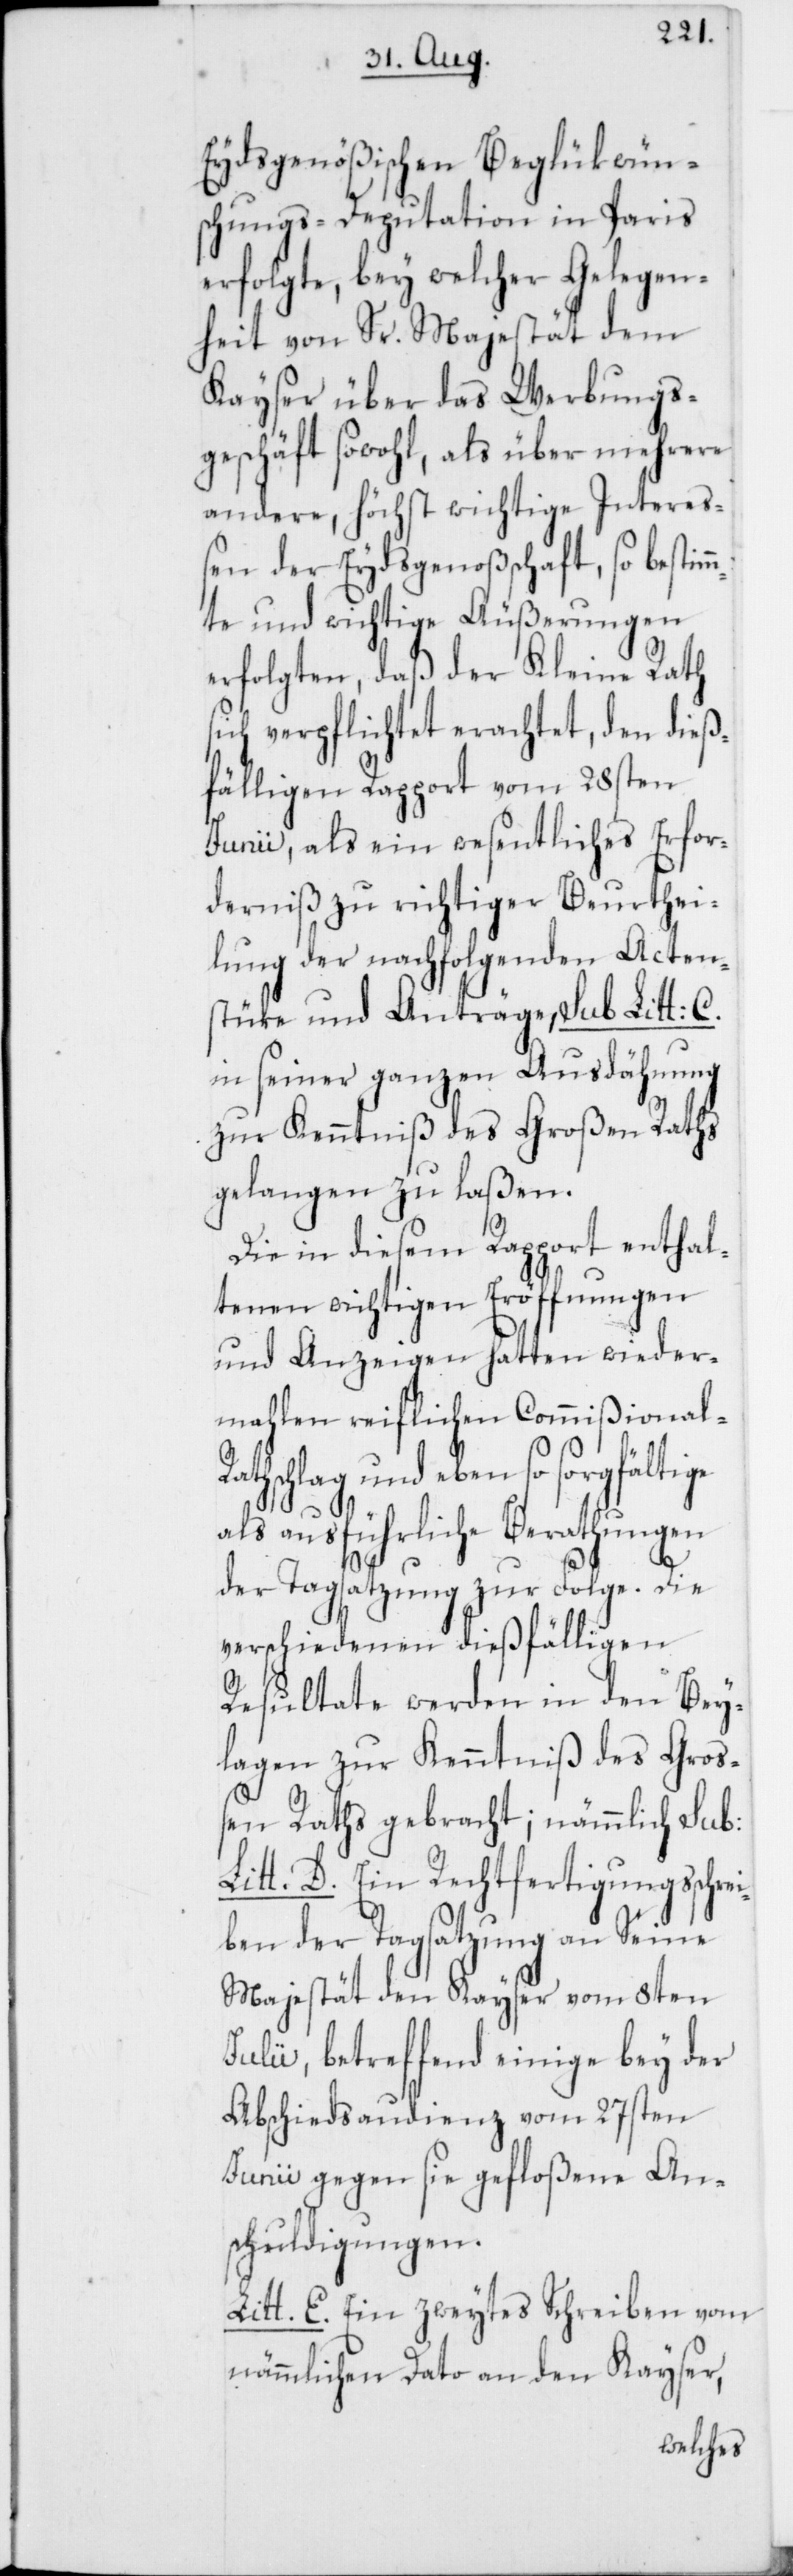
Eydsgenößischen Beglükwün¬
schungs-Deputation in Paris
erfolgte, bey welcher Gelegen¬
heit von Sr. Majestät dem
Kayser über das Werbungs¬
geschäft sowohl, als über mehrere
andere, höchst wichtige Intere¬
ßen der Eydsgenoßenschaft, so bestim¬
mte und wichtige Äußerungen
erfolgten, daß der Kleine Rath
sich verpflichtet erachtet, den dieß¬
fälligen Rapport vom 28sten
Junii, als ein wesentliches Erfor¬
derniß zu richtiger Beurthei¬
lung der nachfolgenden Acten¬
stüke und Anträge, sub Litt: C.
in seiner ganzen Ausdähnung
zur Kenntniß des Großen Raths
gelangen zu laßen.
Die in diesem Rapport enthal¬
tenen wichtigen Eröffnungen
und Anzeigen hatten wieder¬
mahlen reiflichen Commißional-R¬
athschlag und eben so sorgfältige
als ausführliche Berathungen
der Tagsatzung zur Folge. Die
verschiedenen dießfälligen
Resultate werden in den Bey¬
lagen zur Kenntniß des Groß¬
en Raths gebracht; nämmlich sub:
Litt. D. Ein Rechtfertigungsschrei¬
ben der Tagsatzung an Seine
Majestät den Kayser vom 8ten
Julii, betreffend einige bey der
Abschiedsaudienz vom 27sten
Junii gegen sie gefloßene An¬
schuldigungen.
Litt. E. Ein zweytes Schreiben vom
nämmlichen Dato an den Kayser,